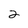
Character: 2